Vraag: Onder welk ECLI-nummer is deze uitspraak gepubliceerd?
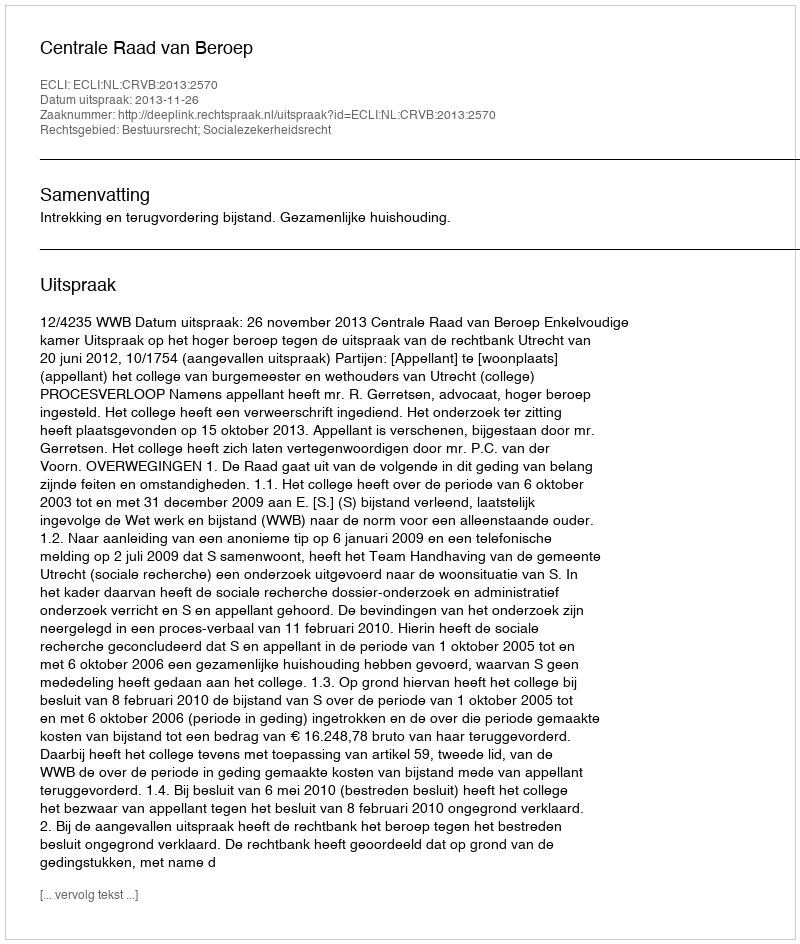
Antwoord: ECLI:NL:CRVB:2013:2570